Leningradi_Edasi_toimetus, lk 112
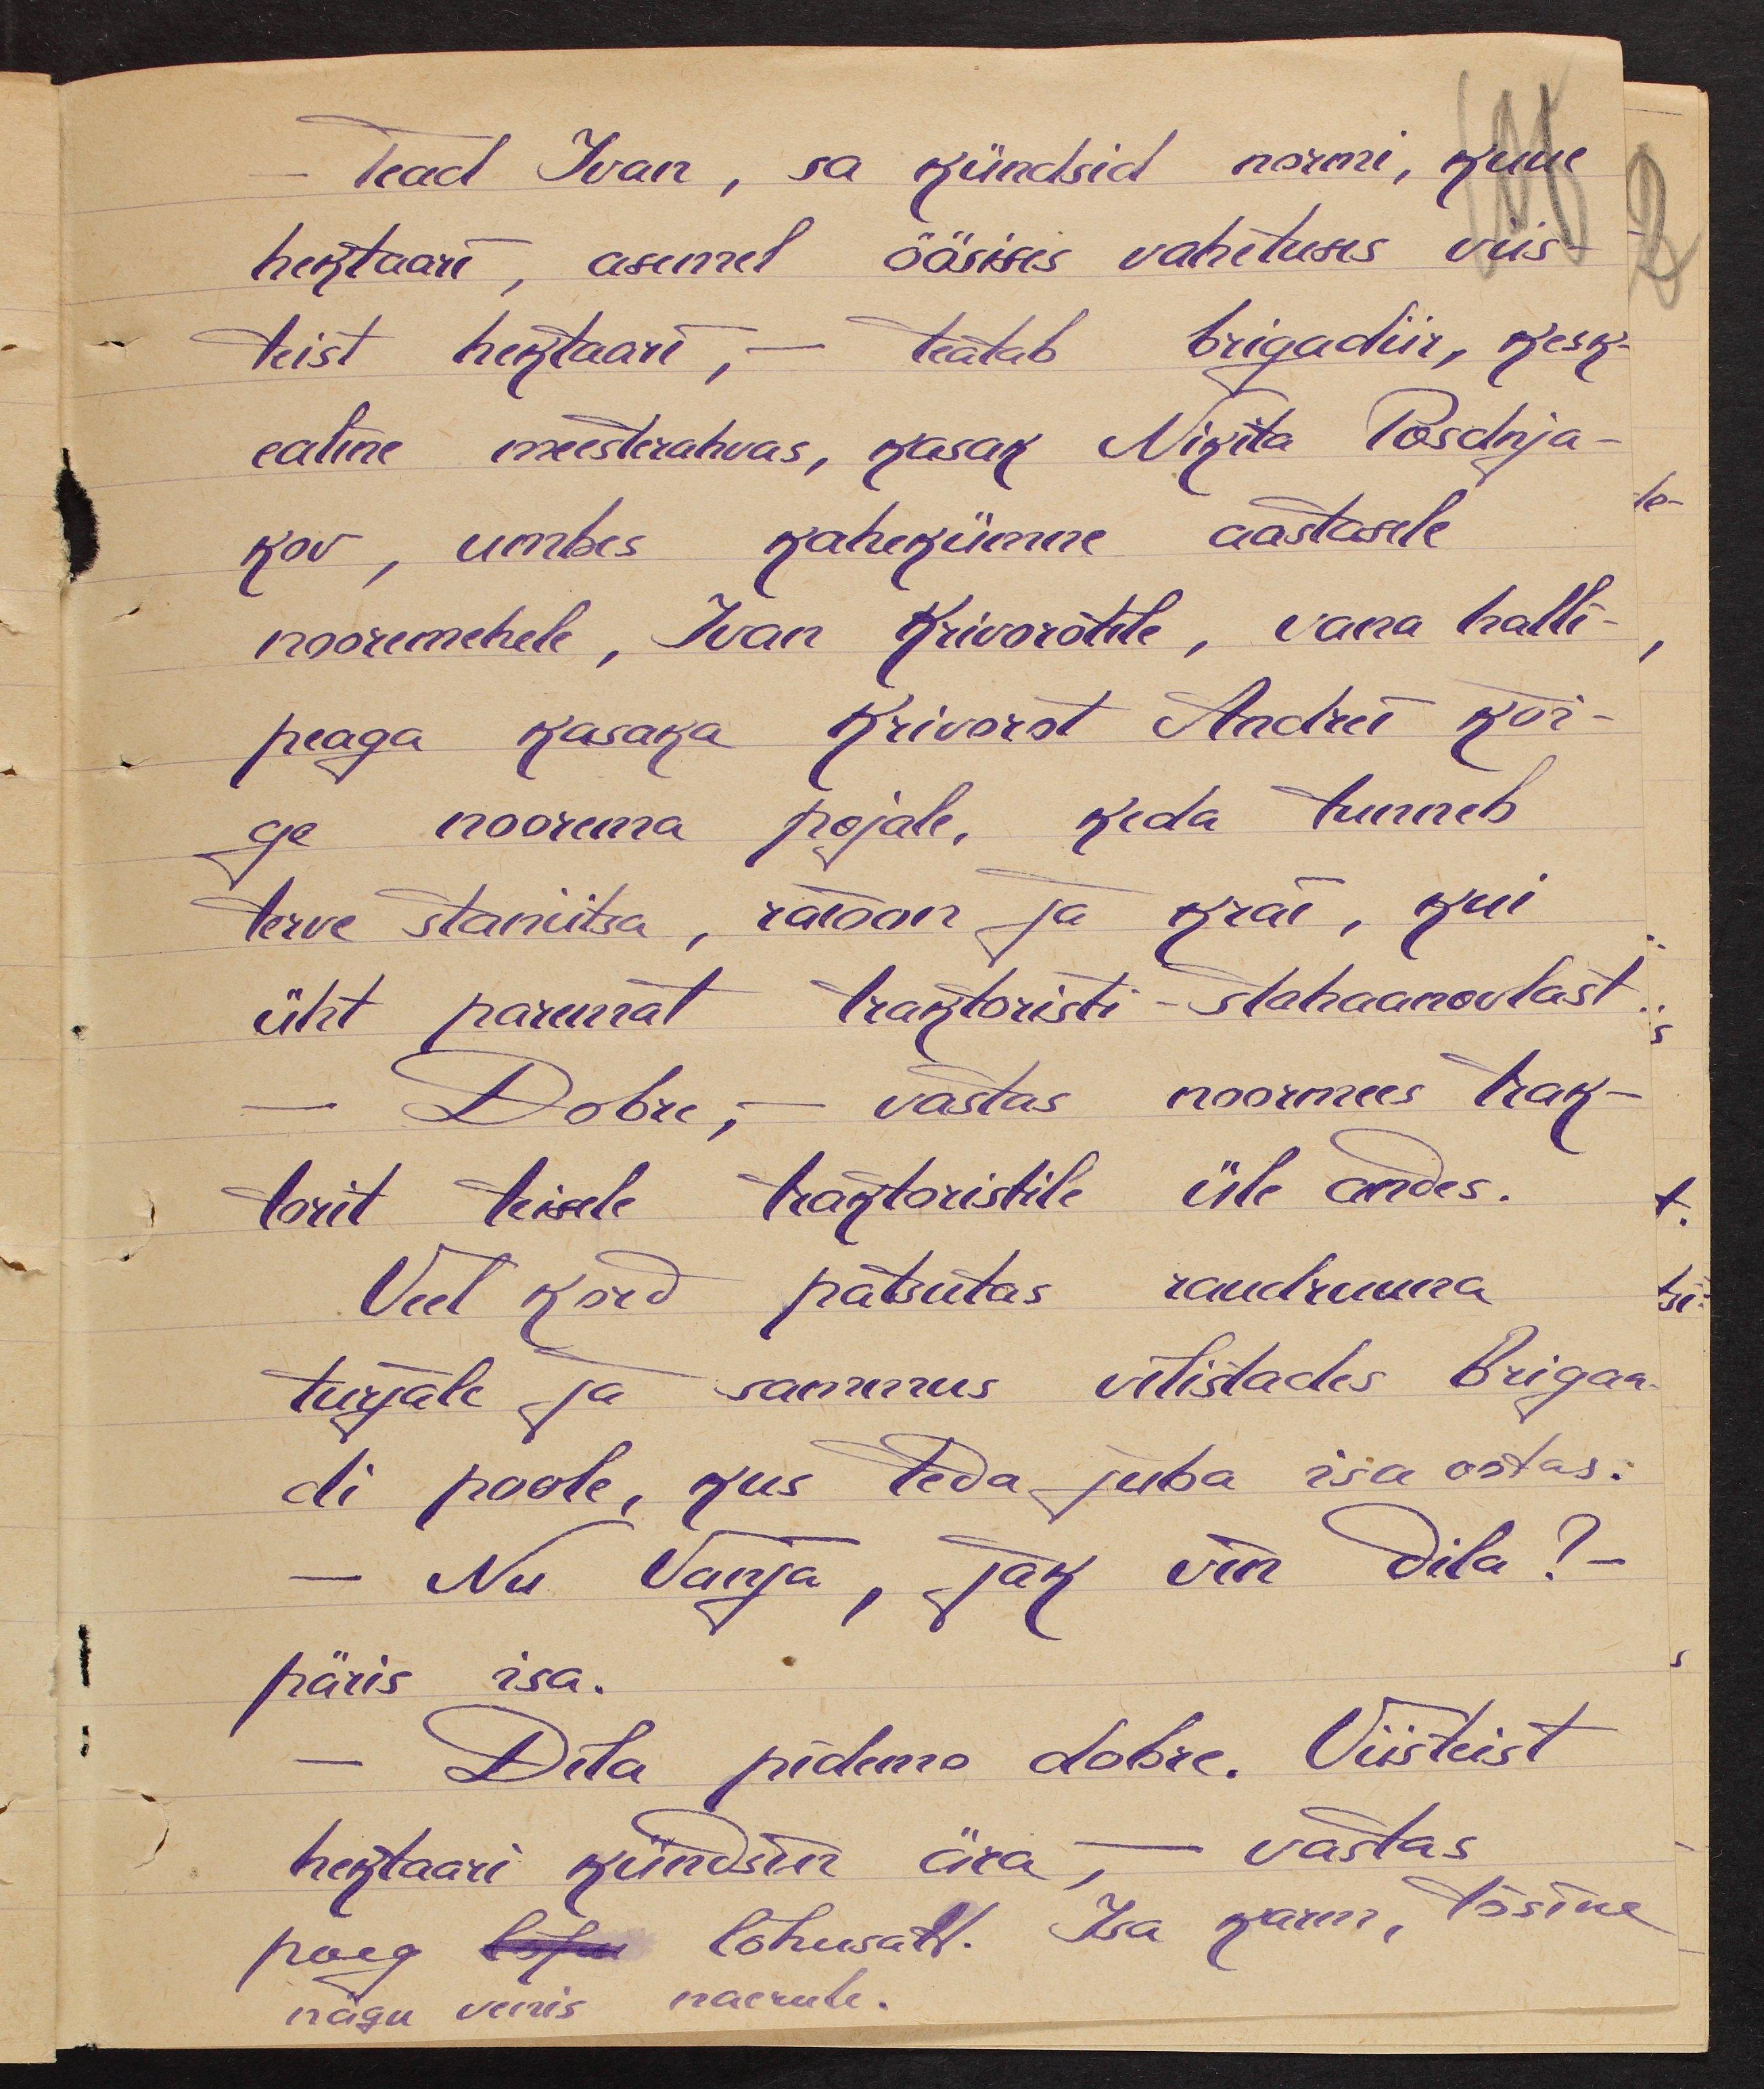
Tead Ivan, sa kündsid normi, kuue
hektaari, asemel öösises vahetuses viis-
teist hektaari, - teatab brigadiir, kesk-
ealine meesterahvas, kasak Nikita Posdnja-
kov, umbes kahekümne aastasele
nooremehele, Ivan Krivorotile, vana halli-
peaga kasaka Krivorot Andrei kõi-
ge noorema pojale, keda tunneb
terve staniitsa, raioon ja krai, kui
üht paremat traktoristi - stahaanoovlast.
- Dobre, - vastas noormees trak-
torit teisele traktoristile üle andes.
Veel kord patsutas raudruuna
turjale ja sammus vilistades Brigaa-
di poole, kus teda juba isa ootas.
- Nii Vanja, tak vin dila? -
päris isa.
-Dila pidemo dobre. Viisteist
hektaari kündsin ära, - vastas
poeg liku lõbusalt. Isa karm, tõsine
nägu venis naerule.